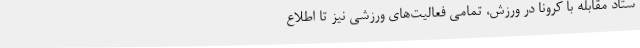
ستاد مقابله با کرونا در ورزش، تمامی فعالیت‌های ورزشی نیز تا اطلاع